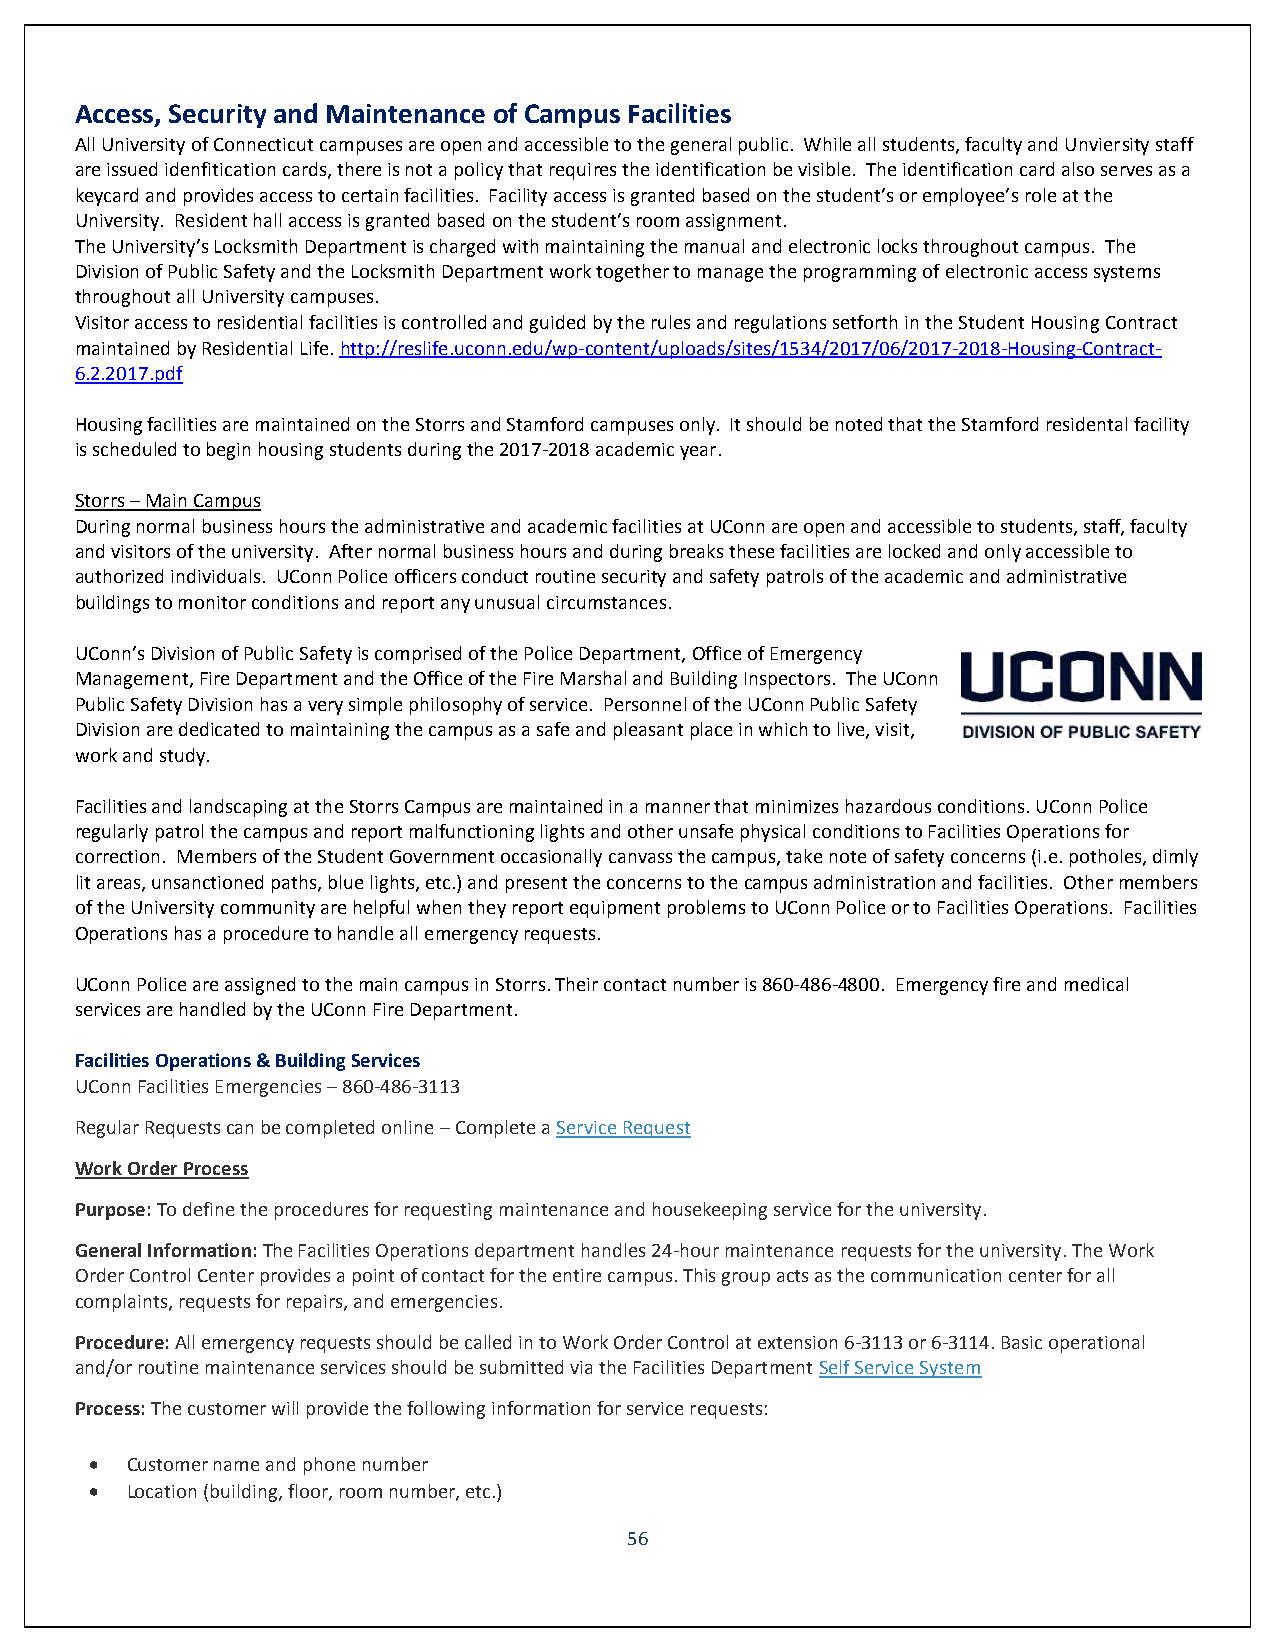
Access, Security and Maintenance of Campus Facilities
 All University of Connecticut campuses are open and accessible to the general public. While all students, faculty and Unviersity staff
 are issued idenfitication cards, there is not a policy that requires the identification be visible. The identification card also serves as a
 keycard and provides access to certain facilities. Facility access is granted based on the student’s or employee’s role at the
 University. Resident hall access is granted based on the student’s room assignment.
 The University’s Locksmith Department is charged with maintaining the manual and electronic locks throughout campus. The
 Division of Public Safety and the Locksmith Department work together to manage the programming of electronic access systems
 throughout all University campuses.
 Visitor access to residential facilities is controlled and guided by the rules and regulations setforth in the Student Housing Contract
 maintained by Residential Life. http://reslife.uconn.edu/wp-content/uploads/sites/1534/2017/06/2017-2018-Housing-Contract-
 6.2.2017.pdf
 Housing facilities are maintained on the Storrs and Stamford campuses only. It should be noted that the Stamford residental facility
 is scheduled to begin housing students during the 2017-2018 academic year.
 Storrs – Main Campus
 During normal business hours the administrative and academic facilities at UConn are open and accessible to students, staff, faculty
 and visitors of the university. After normal business hours and during breaks these facilities are locked and only accessible to
 authorized individuals. UConn Police officers conduct routine security and safety patrols of the academic and administrative
 buildings to monitor conditions and report any unusual circumstances.
 UConn’s Division of Public Safety is comprised of the Police Department, Office of Emergency
 Management, Fire Department and the Office of the Fire Marshal and Building Inspectors. The UConn
 Public Safety Division has a very simple philosophy of service. Personnel of the UConn Public Safety
 Division are dedicated to maintaining the campus as a safe and pleasant place in which to live, visit,
 work and study.
 Facilities and landscaping at the Storrs Campus are maintained in a manner that minimizes hazardous conditions. UConn Police
 regularly patrol the campus and report malfunctioning lights and other unsafe physical conditions to Facilities Operations for
 correction. Members of the Student Government occasionally canvass the campus, take note of safety concerns (i.e. potholes, dimly
 lit areas, unsanctioned paths, blue lights, etc.) and present the concerns to the campus administration and facilities. Other members
 of the University community are helpful when they report equipment problems to UConn Police or to Facilities Operations. Facilities
 Operations has a procedure to handle all emergency requests.
 UConn Police are assigned to the main campus in Storrs. Their contact number is 860-486-4800. Emergency fire and medical
 services are handled by the UConn Fire Department.
 Facilities Operations & Building Services
 UConn Facilities Emergencies – 860-486-3113
 Regular Requests can be completed online – Complete a Service Request
 Work Order Process
 Purpose: To define the procedures for requesting maintenance and housekeeping service for the university.
 General Information: The Facilities Operations department handles 24-hour maintenance requests for the university. The Work
 Order Control Center provides a point of contact for the entire campus. This group acts as the communication center for all
 complaints, requests for repairs, and emergencies.
 Procedure: All emergency requests should be called in to Work Order Control at extension 6-3113 or 6-3114. Basic operational
 and/or routine maintenance services should be submitted via the Facilities Department Self Service System
 Process: The customer will provide the following information for service requests:
  Customer name and phone number
  Location (building, floor, room number, etc.)
 56